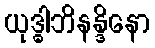
ယုဒ္ဓါဘိနန္ဒိနော